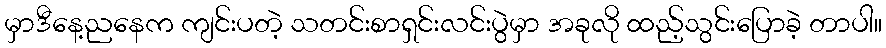
မှာဒီနေ့ညနေက ကျင်းပတဲ့ သတင်းစာရှင်းလင်းပွဲမှာ အခုလို ထည့်သွင်းပြောခဲ့ တာပါ။